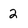
Character: 2